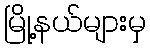
မြို့နယ်များမှ